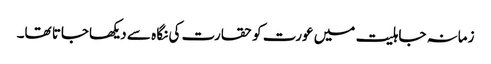
زمانہ جاہلیت میں عورت کو حقارت کی نگا ہ سے دیکھاجاتا تھا۔